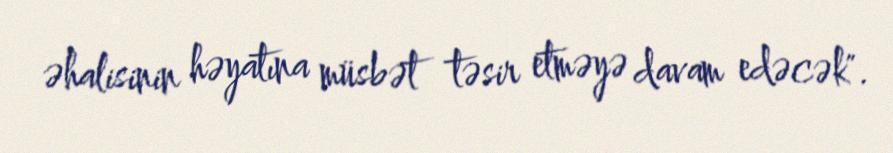
əhalisinin həyatına müsbət təsir etməyə davam edəcək".